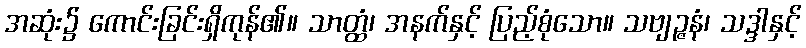
အဆုံး၌ ကောင်းခြင်းရှိကုန်၏။ သာတ္ထံ၊ အနက်နှင့် ပြည့်စုံသော။ သဗျဉ္ဇနံ၊ သဒ္ဒါနှင့်